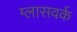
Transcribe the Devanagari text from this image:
ग्लासवर्क